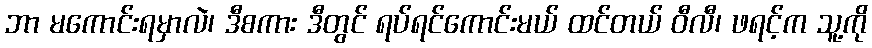
ဘာ မကောင်းရမှာလဲ၊ ဒီစကား ဒီတွင် ရပ်ရင်ကောင်းမယ် ထင်တယ် ဝီလီ၊ ဖရင့်က သူ့ကို